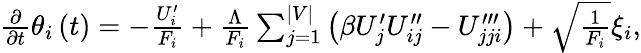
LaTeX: \begin{array}{r}{\frac{\partial}{\partial t}\theta_{i}\left(t\right)=-\frac{U_{i}^{\prime}}{F_{i}}+\frac{\Lambda}{F_{i}}\sum_{j=1}^{\vert V\vert}\left(\beta U_{j}^{\prime}U_{ij}^{\prime\prime}-U_{jji}^{\prime\prime\prime}\right)+\sqrt{\frac{1}{F_{i}}}\xi_{i},}\end{array}